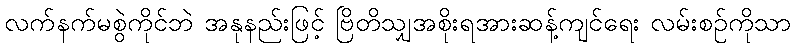
လက်နက်မစွဲကိုင်ဘဲ အနုနည်းဖြင့် ဗြိတိသျှအစိုးရအားဆန့်ကျင်ရေး လမ်းစဉ်ကိုသာ